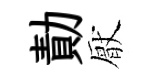
勣厭